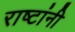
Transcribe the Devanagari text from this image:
राष्टांनी